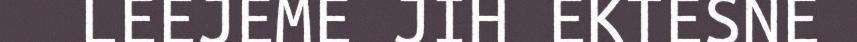
LEEJEME JIH EKTESNE